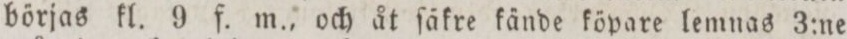
börjas kl. 9 f. m., och åt ſäkre kände köpare lemnas 3:ne